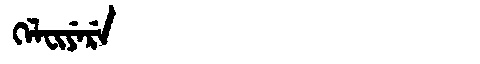
Manchu: ᡴᡝᠯᠸᡳᠶᡝᡵᡝ
Romanization: KELFIYERE